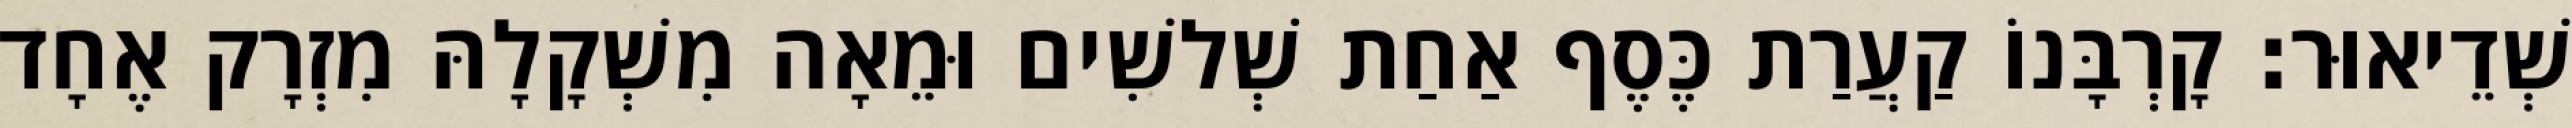
שְׁדֵיאוּר׃ קָרְבָּנוֹ קַעֲרַת כֶּסֶף אַחַת שְׁלשִׁים וּמֵאָה מִשְׁקָלָהּ מִזְרָק אֶחָד